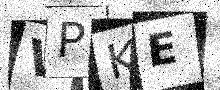
Text: VPKE